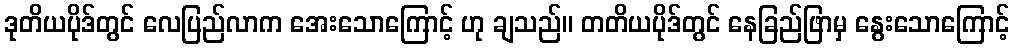
ဒုတိယပိုဒ်တွင် လေပြည်လာက အေးသောကြောင့် ဟု ချသည်။ တတိယပိုဒ်တွင် နေခြည်ဖြာမှ နွေးသောကြောင့်